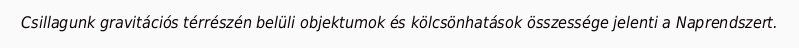
Csillagunk gravitációs térrészén belüli objektumok és kölcsönhatások összessége jelenti a Naprendszert.